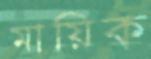
মায়িক